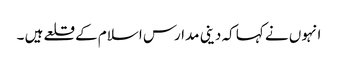
انہوں نے کہا کہ دینی مدارس اسلام کے قلعے ہیں ۔